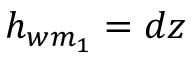
h _ { w m _ { 1 } } = d z